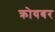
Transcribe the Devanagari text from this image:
क्रोयबर